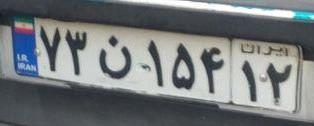
۷۳ن۱۵۴۱۲